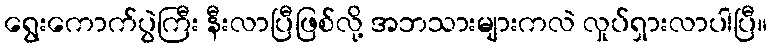
ရွေးကောက်ပွဲကြီး နီးလာပြီဖြစ်လို့ အဘသားများကလဲ လှုပ်ရှားလာပါပြီ။